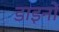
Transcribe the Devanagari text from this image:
डाइनों